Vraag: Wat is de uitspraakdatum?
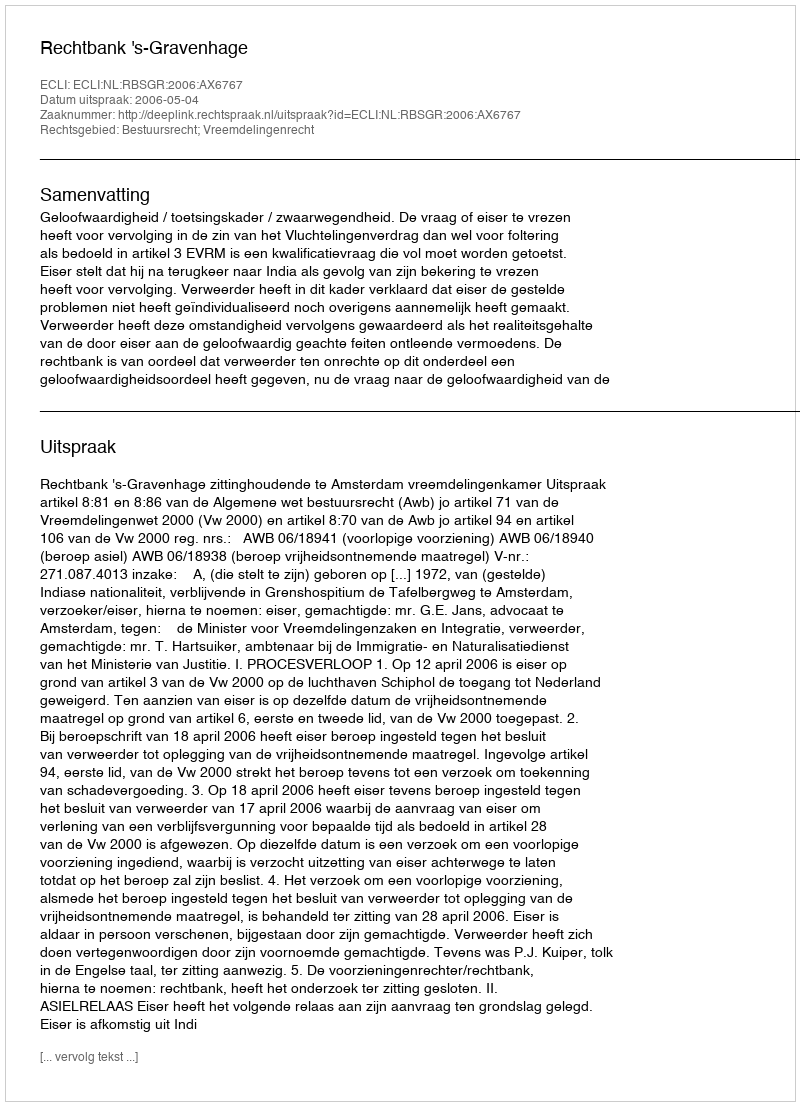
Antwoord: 2006-05-04